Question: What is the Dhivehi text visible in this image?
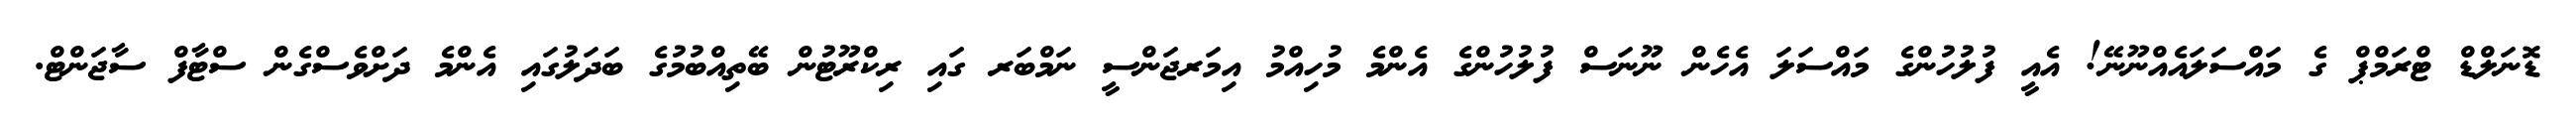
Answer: ޑޮނަލްޑް ޓްރަމްޕް ގެ މައްސަލައެއްނޫނޭ! އެއީ ފުލުހުންގެ މައްސަލަ އެހެން ނޫނަސް ފުލުހުންގެ އެންމެ މުހިއްމު އިމަރޖަންސީ ނަމްބަރ ގައި ރިކްރޫޓުން ބޭތިއްބުމުގެ ބަދަލުގައި އެންމެ ދަށްވެސްގެން ސްޓާފް ސާޖަންޓް.